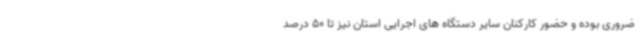
ضروری بوده و حضور کارکنان سایر دستگاه های اجرایی استان نیز تا 50 درصد